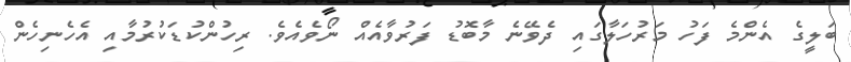
ބަލީގެ އެންމެ ފަހު މަރުހަލާގައި ދެވޭނެ މާބޮޑު ފަރުވާއެއް ނޯވެއެވެ. ރިހުންކުޑަކުރުމާއި އެހެނިހެން